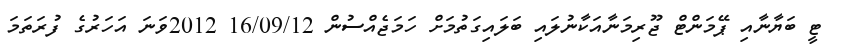
ޓީ ބަޔާނާއި ޕޭމަންޓް ޖޫރިމަނާއަކާނުލައި ބަލައިގަތުމަށް ހަމަޖެއްސުން 16/09/12 2012ވަނަ އަހަރުގެ ފުރަތަމަ